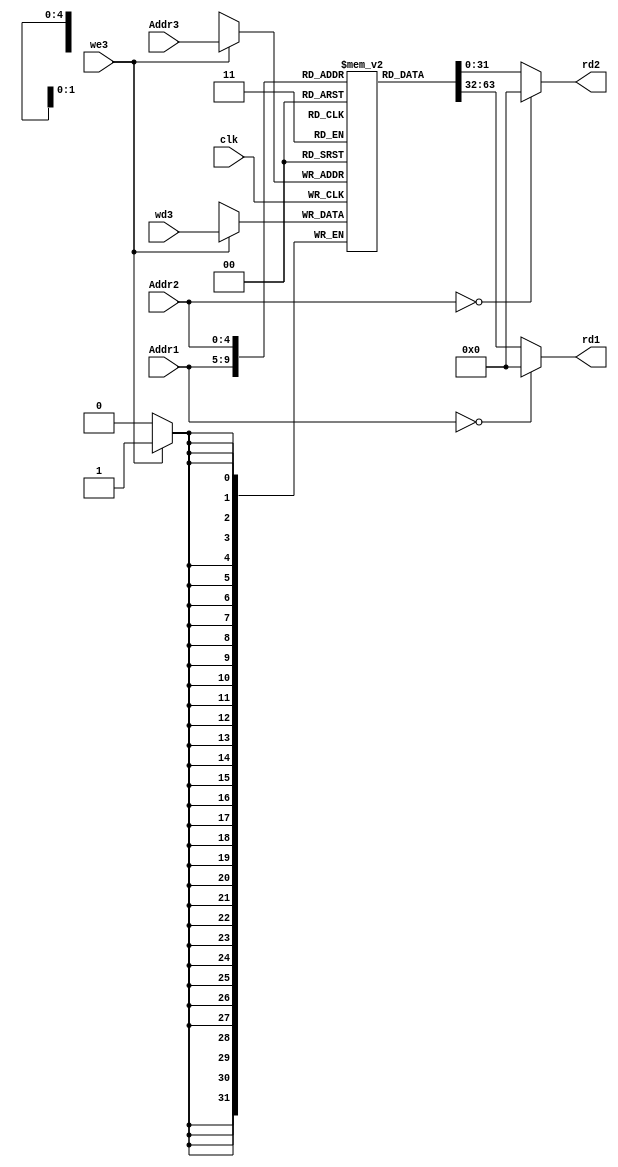

module Reg_file (
input wire       clk,
input wire [4:0] Addr1,
input wire [4:0] Addr2,
input wire [4:0] Addr3,
input wire [31:0] wd3,
input wire        we3,
output reg [31:0] rd1,
output reg [31:0] rd2
);

reg [31:0] temp [0:31] ; 
integer i ;
//clocked writing
always@(negedge clk )
begin
  if(we3)
    begin
      temp[Addr3] <= wd3 ;
    end
end

//combinational reading
always@(*)
begin
  if(Addr1 == 0)
    begin
       rd1 = 0 ; 
    end
  else
    begin
       rd1 = temp[Addr1] ;
    end
    
  if(Addr2 == 0)
    begin
       rd2 = 0 ; 
    end
  else
    begin
       rd2 = temp[Addr2] ;
    end
    
end

endmodule